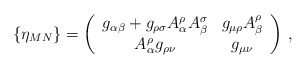
\begin{align*}\{\eta_{MN}\}=\left(\begin{array}{cc}g_{\alpha\beta}+g_{\rho\sigma}A^{\rho}_{\alpha}A^{\sigma}_{\beta}&g_{\mu\rho}A^{\rho}_{\beta}\\ A^{\rho}_{\alpha}g_{\rho\nu}&g_{\mu\nu}\end{array}\right)\,,\end{align*}